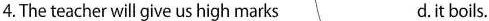
4.The teacher will give us high marks d.it boils.